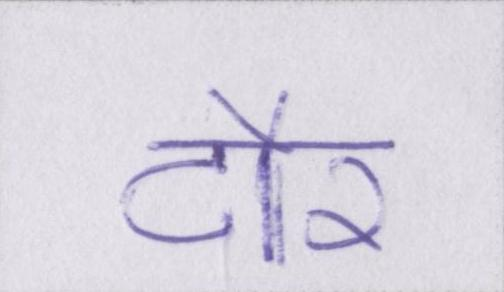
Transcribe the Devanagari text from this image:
दौर